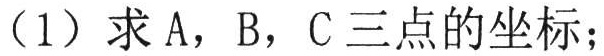
（1）求 A，B，C 三点的坐标；